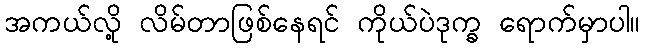
အကယ်လို့ လိမ်တာဖြစ်နေရင် ကိုယ်ပဲဒုက္ခ ရောက်မှာပါ။